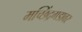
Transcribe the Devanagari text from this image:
मच्छिंद्रगडावर